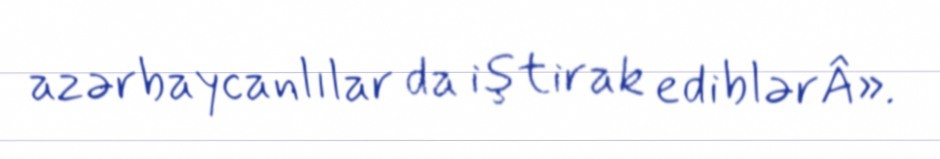
azərbaycanlılar da iştirak ediblərÂ».